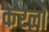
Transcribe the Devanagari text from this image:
केरलों